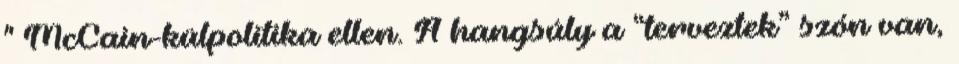
" McCain-külpolitika ellen. A hangsúly a “terveztek” szón van,